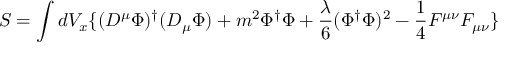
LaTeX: S = \int d V _ { x } \lbrace ( D ^ { \mu } \Phi ) ^ { \dagger } ( D _ { \mu } \Phi ) + m ^ { 2 } \Phi ^ { \dagger } \Phi + \frac { \lambda } { 6 } ( \Phi ^ { \dagger } \Phi ) ^ { 2 } - \frac { 1 } { 4 } F ^ { \mu \nu } F _ { \mu \nu } \rbrace